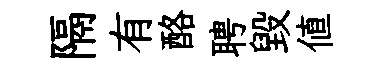
隔有酪聘毀值